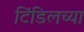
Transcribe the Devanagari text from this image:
टिंडिलच्या